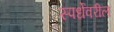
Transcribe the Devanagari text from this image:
स्पर्धेवरील